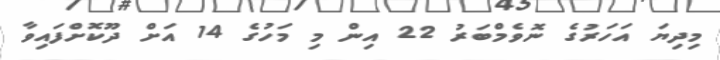
މިދިޔަ އަހަރުގެ ނޮވެމްބަރު 22 އިން މި މަހުގެ 14 އަށް ދޫކޮށްފައިވާ